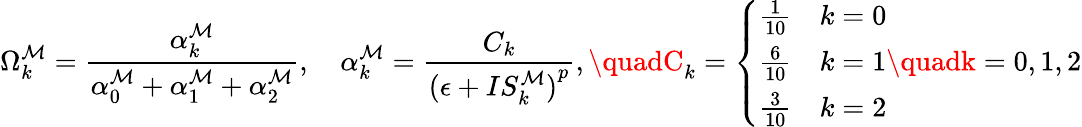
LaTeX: \Omega_{k}^{\mathcal{M}}=\frac{{\alpha_{k}^{\mathcal{M}}}}{{\alpha_{0}^{\mathcal{M}}+\alpha_{1}^{\mathcal{M}}+\alpha_{2}^{\mathcal{M}}}},\quad\alpha_{k}^{\mathcal{M}}=\frac{{C_{k}}}{{{(\epsilon+IS_{k}^{\mathcal{M}})}^{p}}},\quadC_{k}=\left\{ \begin{array}{ll}{\frac{1}{10}\quad k=0}\\ {\frac{6}{10}\quad k=1}\\ {\frac{3}{10}\quad k=2}\end{array}\right.\quadk=0,1,2